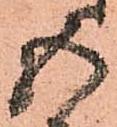
五